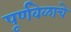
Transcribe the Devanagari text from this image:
पूर्णवेळाचे